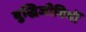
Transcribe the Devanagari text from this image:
बुद्धिजीवियॊं